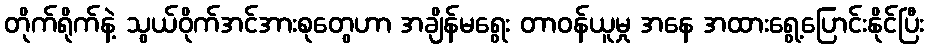
တိုက်ရိုက်နဲ့ သွယ်ဝိုက်အင်အားစုတွေဟာ အချိန်မရွေး တာဝန်ယူမှု အနေ အထားရွေ့ပြောင်းနိုင်ပြီး